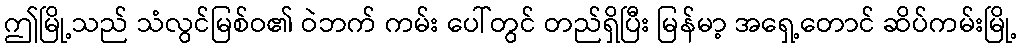
ဤမြို့သည် သံလွင်မြစ်ဝ၏ ဝဲဘက် ကမ်း ပေါ်တွင် တည်ရှိပြီး မြန်မာ့ အရှေ့တောင် ဆိပ်ကမ်းမြို့